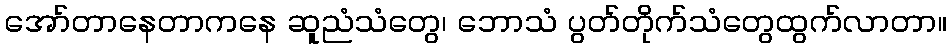
အော်တာနေတာကနေ ဆူညံသံတွေ၊ ဘောသံ ပွတ်တိုက်သံတွေထွက်လာတာ။